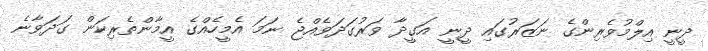
ދީނީ އިލްމުވެރިންގެ ނަޒަރުގައި ދީނީ އަގީދާ ވަރުގަދަވެއްޖެ ނަމަ އެމީހެއްގެ އީމާންތެރިކަން ގަދަވާނެ